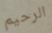
الرحيم